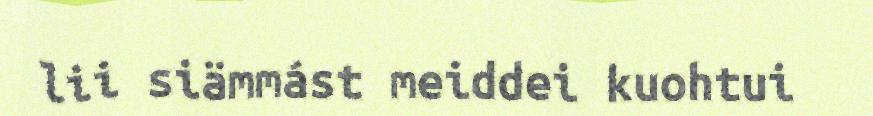
lii siämmást meiddei kuohtui